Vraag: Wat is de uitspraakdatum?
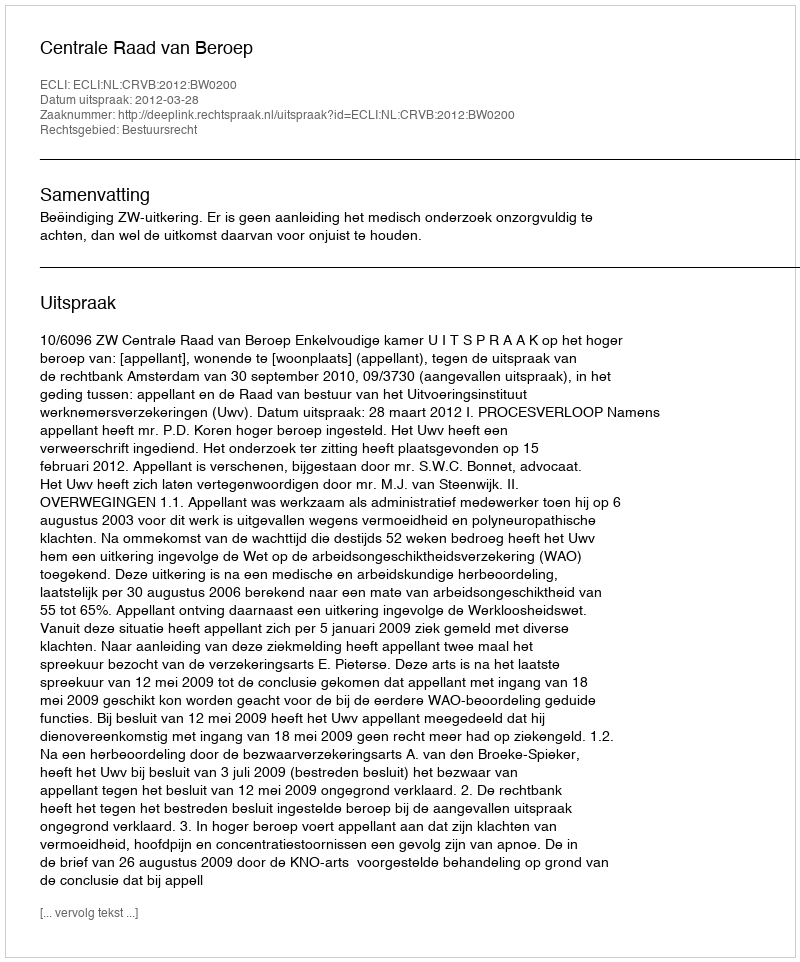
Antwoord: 2012-03-28